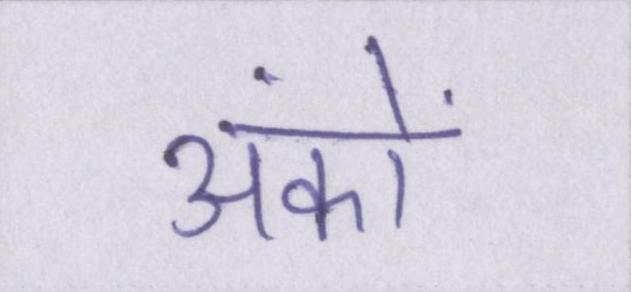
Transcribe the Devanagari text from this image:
अंकों